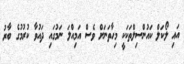
އައި ލޯކަލް ކައުންސިލްތަކަކީ މިހާތަނަށް ވެސް އަމިއްލަ ނަމުގައި ދައުވާ ކުރުމުގެ ބާރު